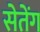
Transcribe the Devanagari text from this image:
सेतेंग